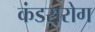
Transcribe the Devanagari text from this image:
कंडरारोग